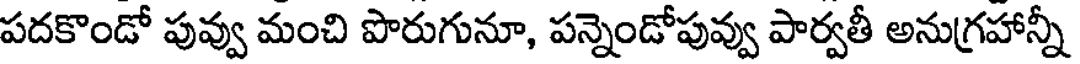
పదకొండో పువ్వు మంచి పొరుగునూ, పన్నెండోపువ్వు పార్వతీ అనుగ్రహాన్నీ